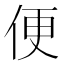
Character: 便